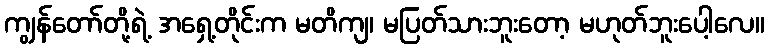
ကျွန်တော်တို့ရဲ့ အရှေ့တိုင်းက မတိကျ၊ မပြတ်သားဘူးတော့ မဟုတ်ဘူးပေါ့လေ။